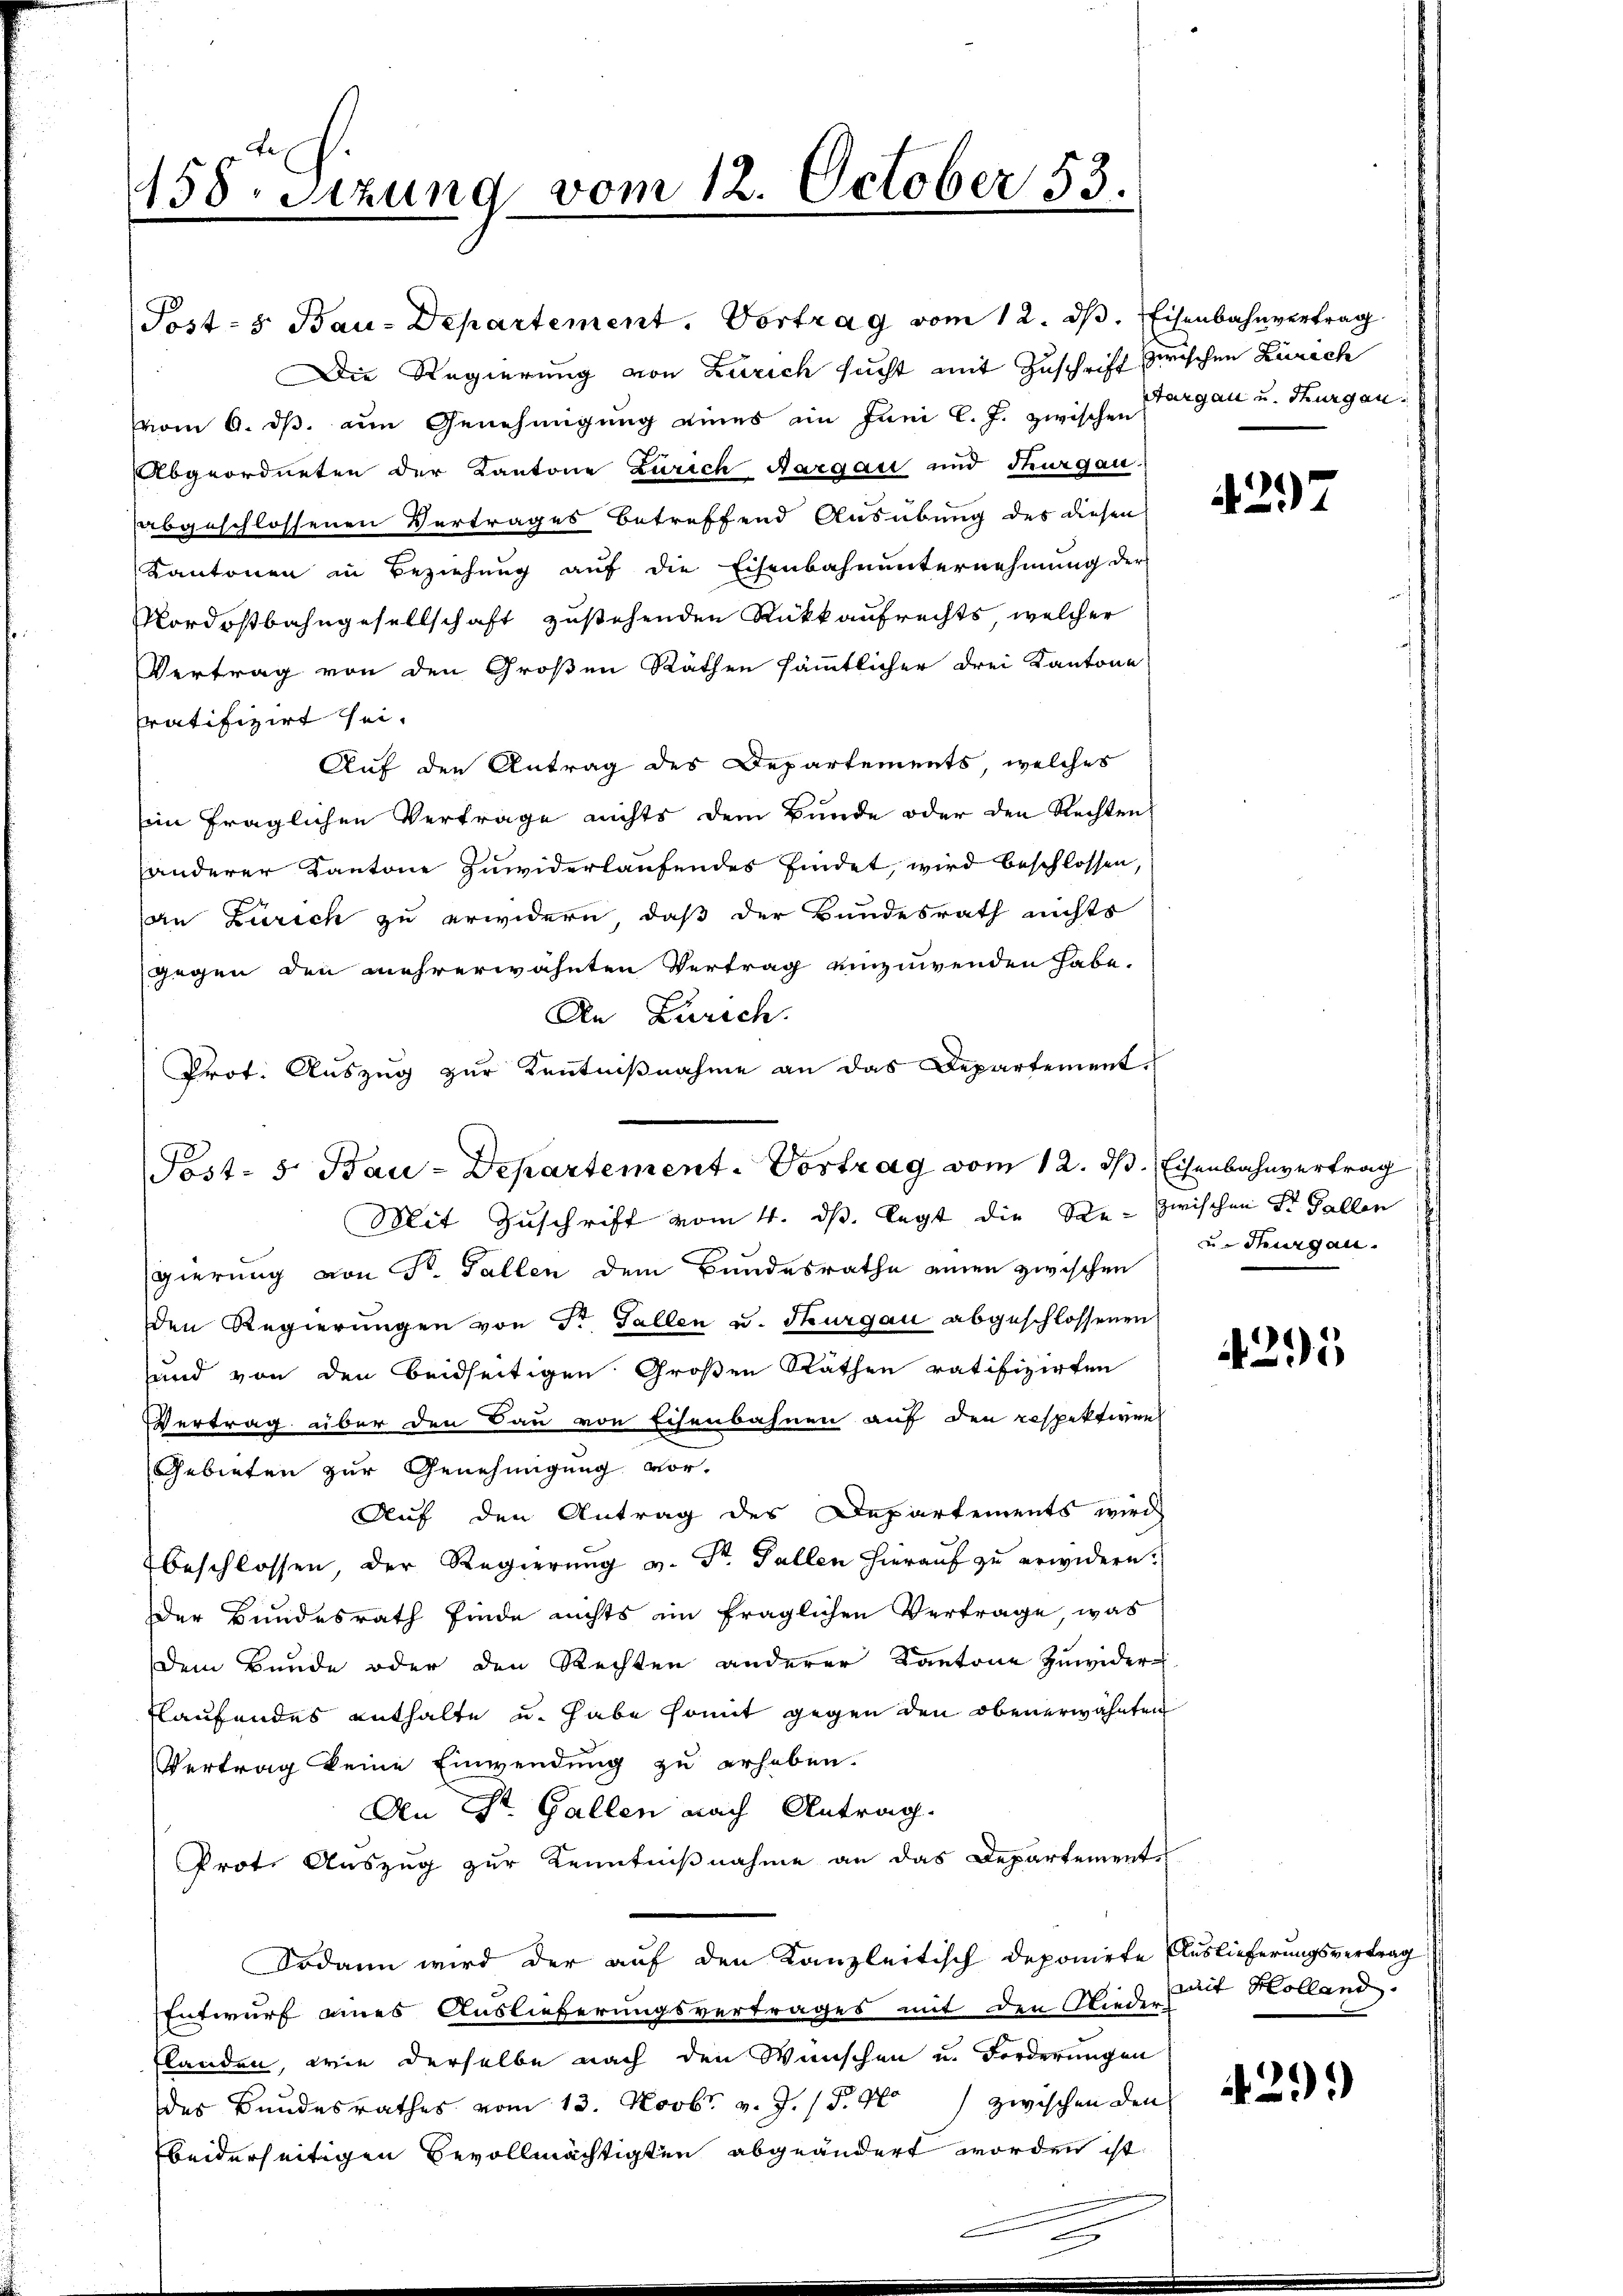
158. Sitzung vom 12. October 53.

Die Regierung von Zürich sucht mit Zuschrift zwischen Zürich
vom 6. ds. an Genehmigung eines im Juni l. J. zwischen
Abgeordneten der Kantone Zürich Aargau und Thurgau.
abgeschlossenen Vertrages betreffend Ausübung des diesen
Kantonen in Beziehung auf die Eisenbahnunternehmung der
Nordostbahngesellschaft zustehenden Rückkaufrechts, welcher
Vertrag von den Großen Räthen sämmtlicher drei Kantone
ratifizirt sei.
Auf den Antrag des Departements, welches
sein fraglichen Vertrage nichts dem Bunde oder den Rechten
anderer Kantone zuwiderlaufendes findet, wird beschlossen,
an Zürich zu erwidern, daß der Bundesrath nichts
gegen den mehrerwähnten Vertrag einzuwenden habe.
An Zürich.
Prot. Auszug zur Kenntnißnahme an das Departementgierung von Dr. Gallen dem Bundesrathe einen zwischen
den Regierungen von Dr. Gallen u. Thurgau abgeschlossenen
und von den beidseitigen Großen Räthen ratifizirten
Vertrag über den Bau von Eisenbahnen auf den respektiven
Gebieten zur Genehmigung vor¬
Auf den Antrag des Departements wird
beschlossen, der Regierung v. Dr. Fallen hierauf zu erwidern.
der Bundesrath finde nichts ein fraglichen Vertrage, was
Dem Bunde oder den Rechten anderer Kantone zuwider
tlaufendes enthalte u. habe somit gegen den obenerwähnten
Vertrag keine Einwendung zu erheben.
An St. Gallen nach Antrag.
Prot. Auszug zur Kenntnißnahme an das Departement-
Sodann wird der auf den Kanzleitisch deponirte Auslieferungsvertrag
Entwurf eines Auslieferungsvertrages mit den Nieder mit Kolland.
flanden, wie derselbe nach den Wünschen u. Forderungen
des Bundesrathes vom 13. Novbr. v. J. 1 S. 400 zwischen den
beiderseitigen Bevollmächtigten abgeändert worden ist.

Post-s Bau-Departement. Vortrag vom 12. dβ. Eisenbahnvertrag

Post- 5. Bau-Departement. Vortrag vom 12. ds. Eisenbahnvertrag
Mit Zuschrift vom 4. ds. legt die Re- zwischen St. Gallen

Aargau u. Thurgau.

4297

u. Sargau.

295

429)